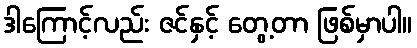
ဒါကြောင့်လည်း ဇင်နှင့် တွေ့တာ ဖြစ်မှာပါ။